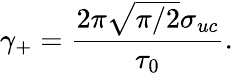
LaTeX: \gamma_{+}=\frac{2\pi\sqrt{\pi/2}\sigma_{uc}}{\tau_{0}}.